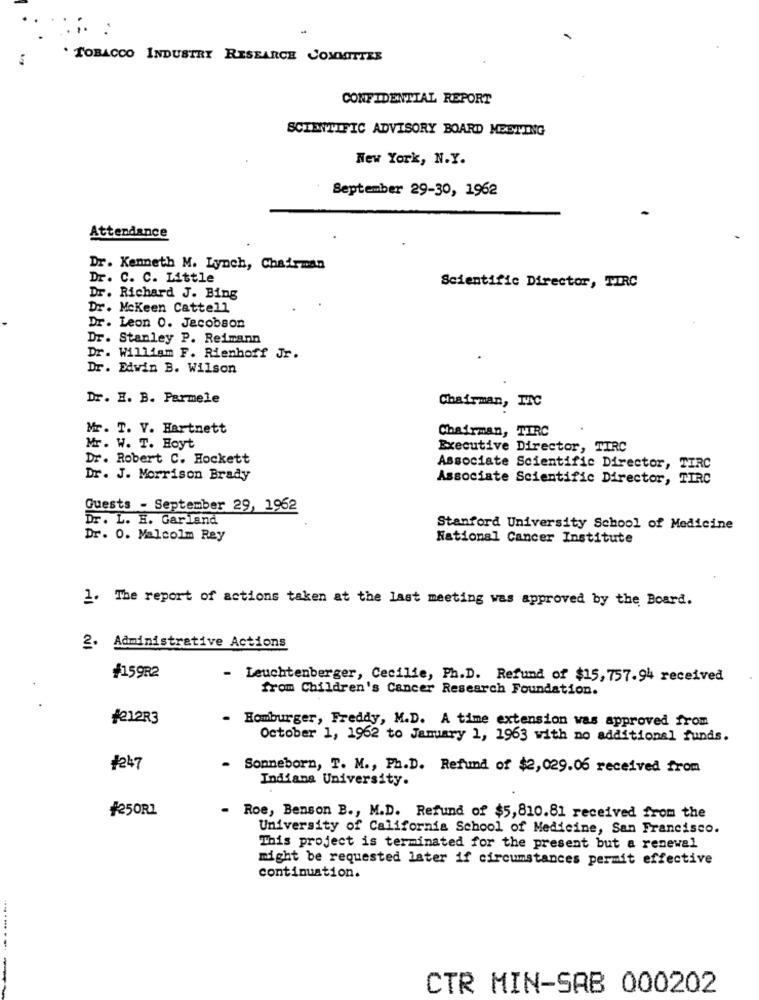
:
. TOBACCO INDUSTRY RESEARCH COMMITTEE
CONFIDENTIAL REPORT
SCIENTIFIC ADVISORY BOARD MEETING
New York, N.Y.
September 29-30, 1962
Attendance
Dr. Kenneth M. Lynch, Chairman
Dr. C. C. Little
Scientific Director, TIRC
Dr. Richard J. Bing
Dr. McKeen Cattell
Dr. Leon 0. Jacobson
Dr. Stanley P. Reimann
Dr. William F. Rienhoff Jr.
Dr. Edwin B. Wilson
Dr. H. B. Parmele
Chairman, TC
Mr. T. V. Hartnett
Chairman, TIRC
Mr. W. T. Hoyt
Executive Director, TIRC
Dr. Robert C. Hockett
Associate Scientific Director, TIRC
Dr. J. Morrison Brady
Associate Scientific Director, TIRC
Guests - September 29, 1962
Dr. L. E. Garland
Stanford University School of Medicine
Dr. 0. Malcolm Rey
National Cancer Institute
1. The report of actions taken at the last meeting was approved by the Board.
2. Administrative Actions
#159R2
- Leuchtenberger, Cecilie, Ph.D. Refund of $15, 757.94 received
from Children's Cancer Research Foundation.
£212R3
- Homburger, Freddy, M.D. A time extension was approved from
October 1, 1962 to January 1, 1963 with no additional funds.
#247
.
Sonneborn, T. M ., Ph.D. Refund of $2,029.06 received from
Indiana University.
¥250R2
- Roe, Benson B ., M.D. Refund of $5,810.81 received from the
University of California School of Medicine, San Francisco.
This project is terminated for the present but a renewal
might be requested later if circumstances permit effective
continuation.
-------
CTR MIN-SAB 000202